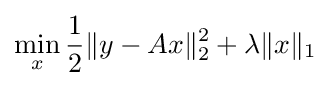
\min _{x}{\frac {1}{2}}\|y-Ax\|_{2}^{2}+\lambda \|x\|_{1}